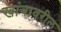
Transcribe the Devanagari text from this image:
खांबावरील